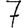
Digit: 7